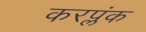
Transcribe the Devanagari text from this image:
करप्लंक